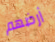
أرضهم